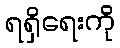
ရရှိရေးကို